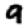
Digit: 9